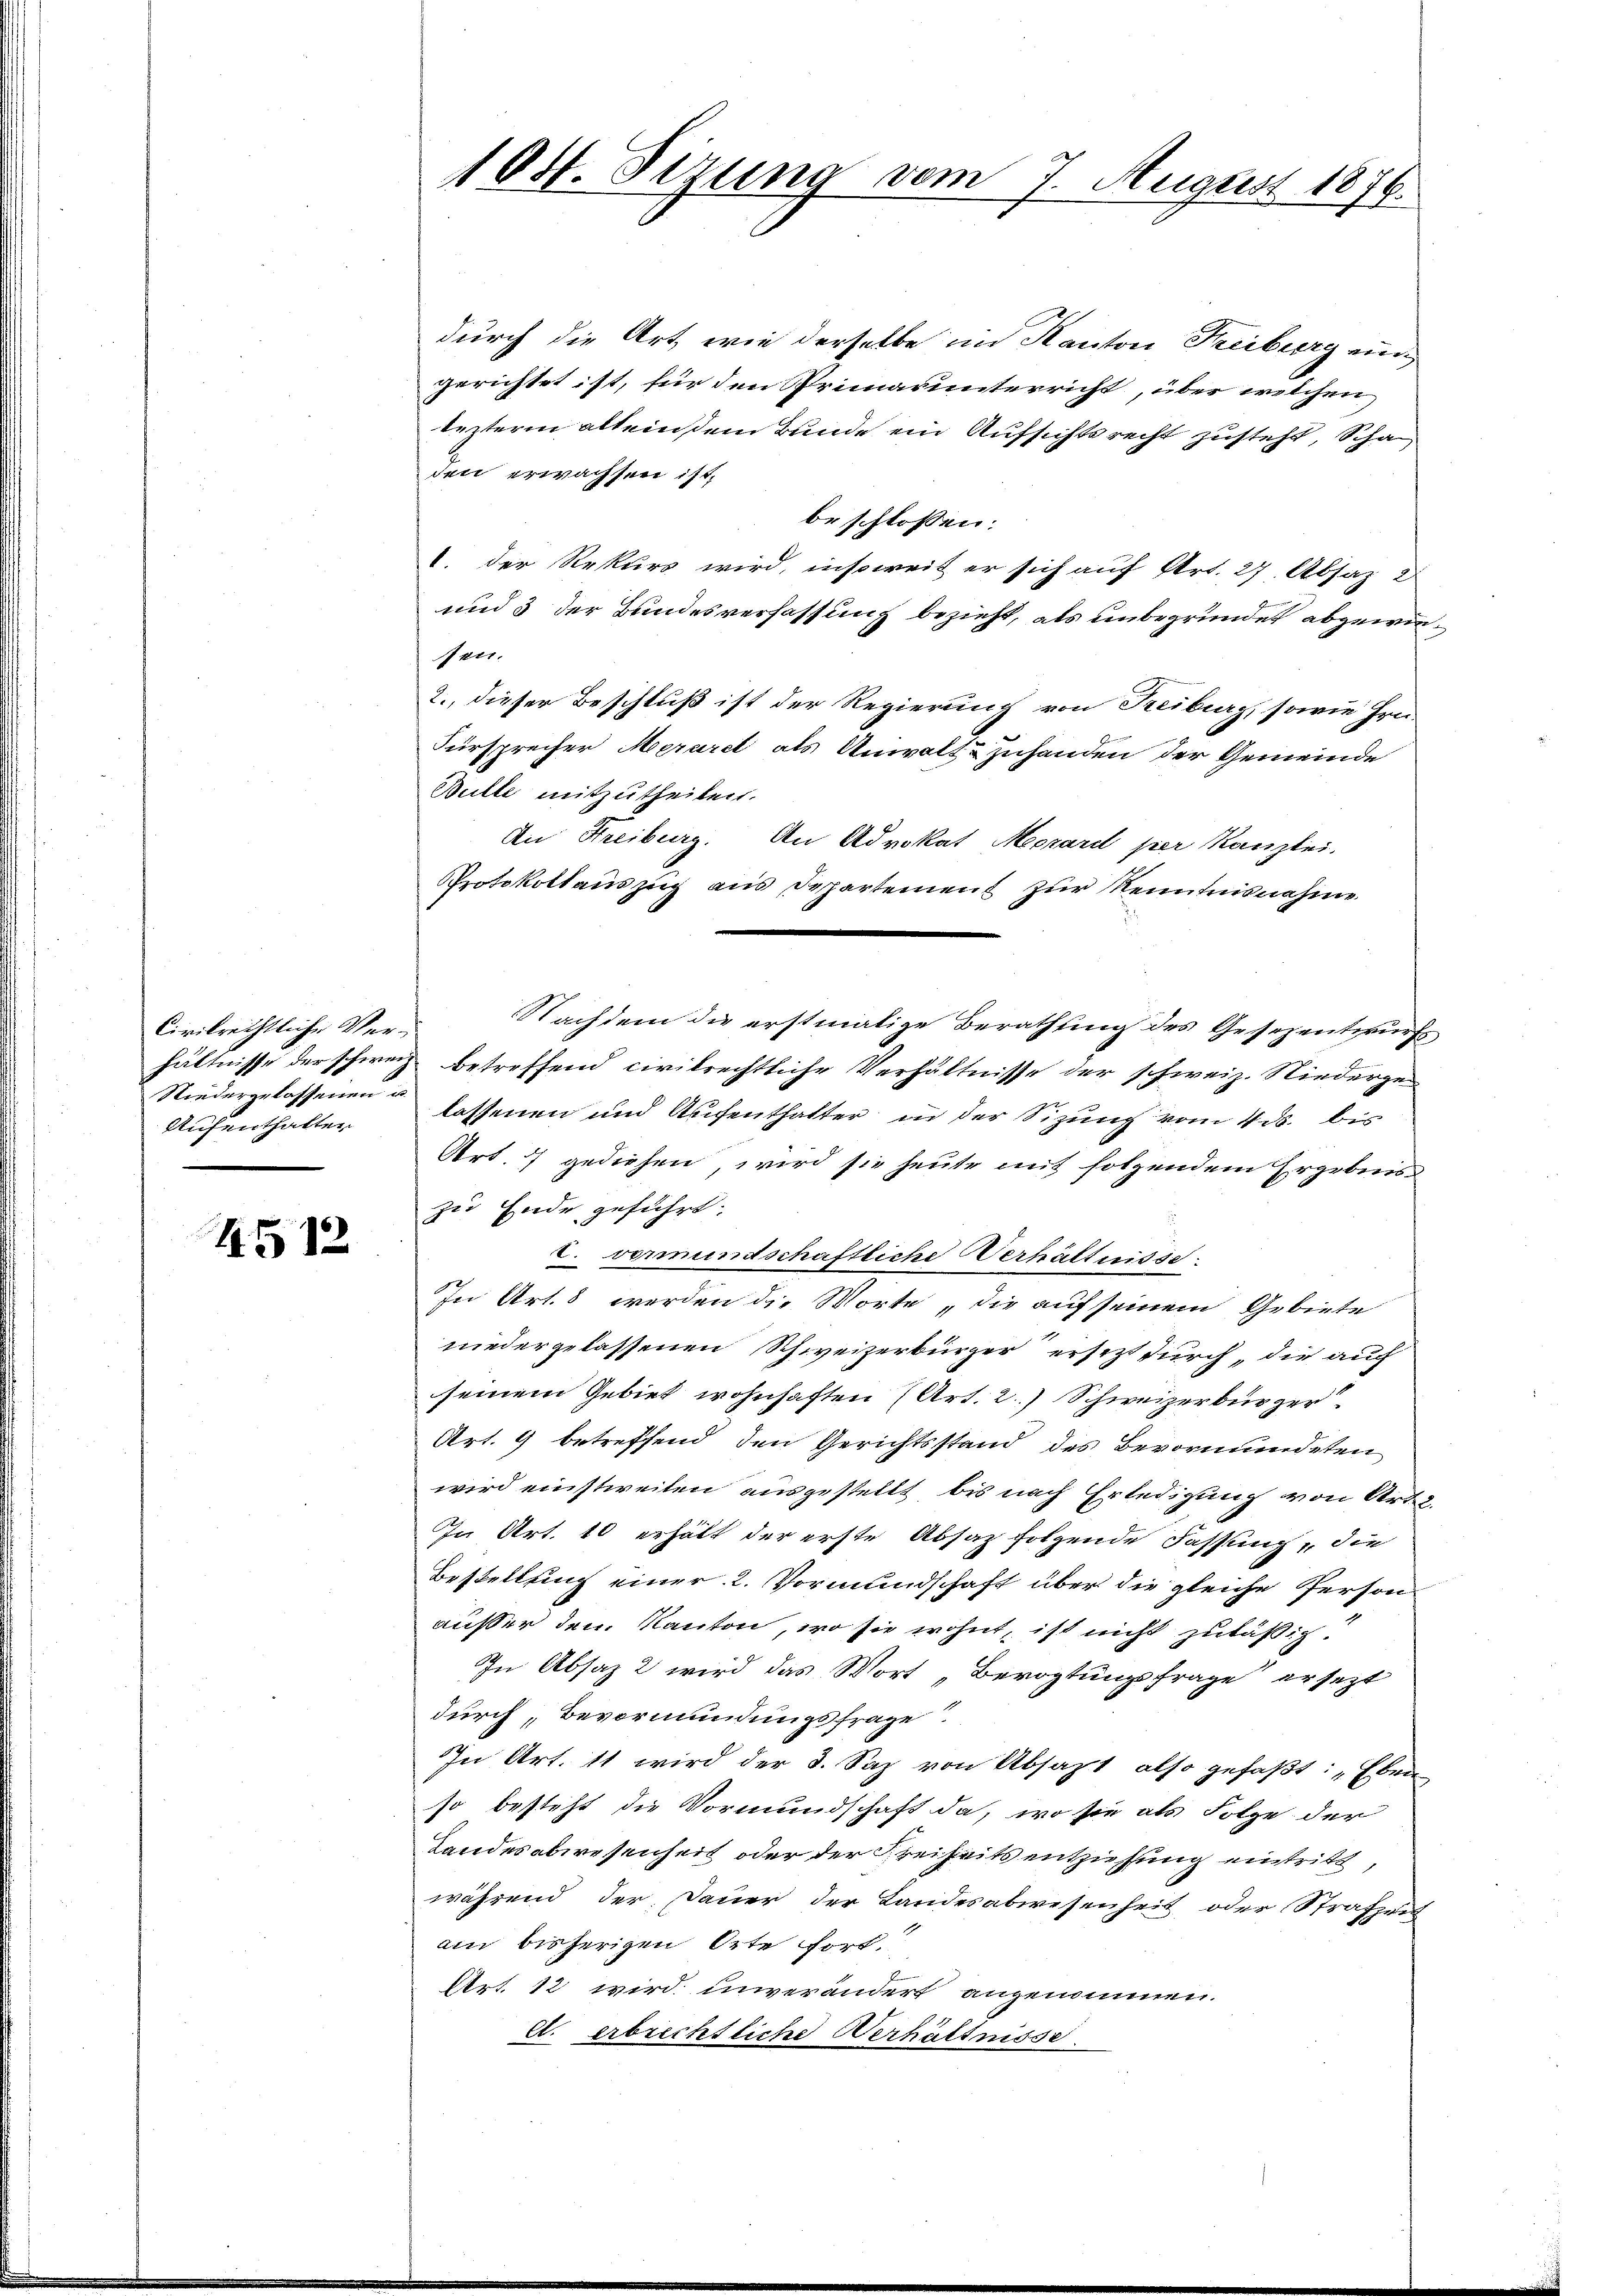
Civilrechtliche Ver-
Niedergelassenen u.
Aufenthalten

4512

durch die Art, wie derselbe im Kanton Freiburg au
gerichtet ist, für den Primarunterricht, über welchen
lezterm allein dem Bunde ein Aufsichtsrecht zusteht, Schaden erwachsen ist,
beschlossen:
1. Der Rekurs wird, insoweit er sich auf Art. 27. Absaz 2
und 3 der Bundesverfassung bezieht, als unbegründet abgewiesen.
2., dieser Beschluß ist der Regierung von Freiburg, sowie Hrn.
Fürsprecher Meraret als Anwalt & Zuhanden der Gemeinde
Bulte mitzutheilen.
An Freiburg. An Advokat Mozard per Kanzlei.
Protokollauszug aus Departement zur Kenntnisnahme
Nachdem die erstmalige Berathung des Gesezentwurf
hältnisse der schweiz betreffend civilrechtliche Verhältnisse der schweiz. Niedergelassenen und Aufenthalter in der Sizung vom 4. ds. bis
Art. 7 gediehen, wird sie heute mit folgendem Ergebniss
zu Ende geführt.
2. vormundschaftliche Verhältnisse
In Art. 8 werden die Worte, die auf seinem Gebiete
niedergelassenen Schweizerbürger ersezt durch die auch
seinem Gebiet wohnhaften 7 Art. 2.) Schweizerbürger
Art. 9 betreffend den Gerichtsstand des Bevormundeten
wird einstweilen ausgestellt, bis nach Erledigung von Art. 2.
In Art. 10 erhält der erste Absaz folgende Fassung, die
Bestellung einer 2. Vormundschaft über die gleiche Person
ausser dem Kanton, wo sie wohnt, ist nicht zuläßig.
In Absaz 2 wird das Wort „Bevogtungsfrage ersezt
durch Bevormundungsfrage
In Art. 11 wird der 3. Saz von Absazt also gefaßt: „Eben
so besteht die Vormundschaft da, wo sie als Folge der
Landesabwesenheit oder der Freiheits entziehung eintritt,
während der Dauer der Landesabwesenheit oder Strafsent
am bisherigen Orte fort.
Art. 12 wird unverändert angenommen.
A. erbrechtliche Verhältnisse.

10st. Sitzung vom 7. August 1876.